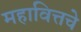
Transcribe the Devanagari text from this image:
महावित्तचे